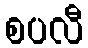
စပလီ